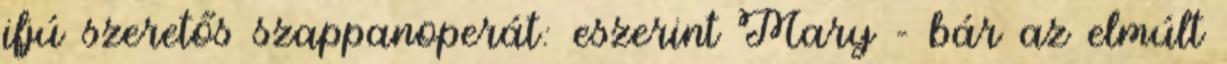
ifjú szeretős szappanoperát: eszerint Mary - bár az elmúlt